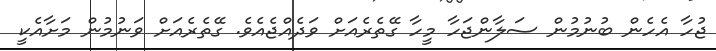
ޖުހާ އެހެން ބުނުމުން ސަލާންޖަހާ މީހާ ގޭތެރެއަށް ވަދެއްޖެއެވެ. ގޭތެރެއަށް ވަނުމުން މަށާއެކީ